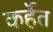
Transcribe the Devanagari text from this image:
कर्हेत